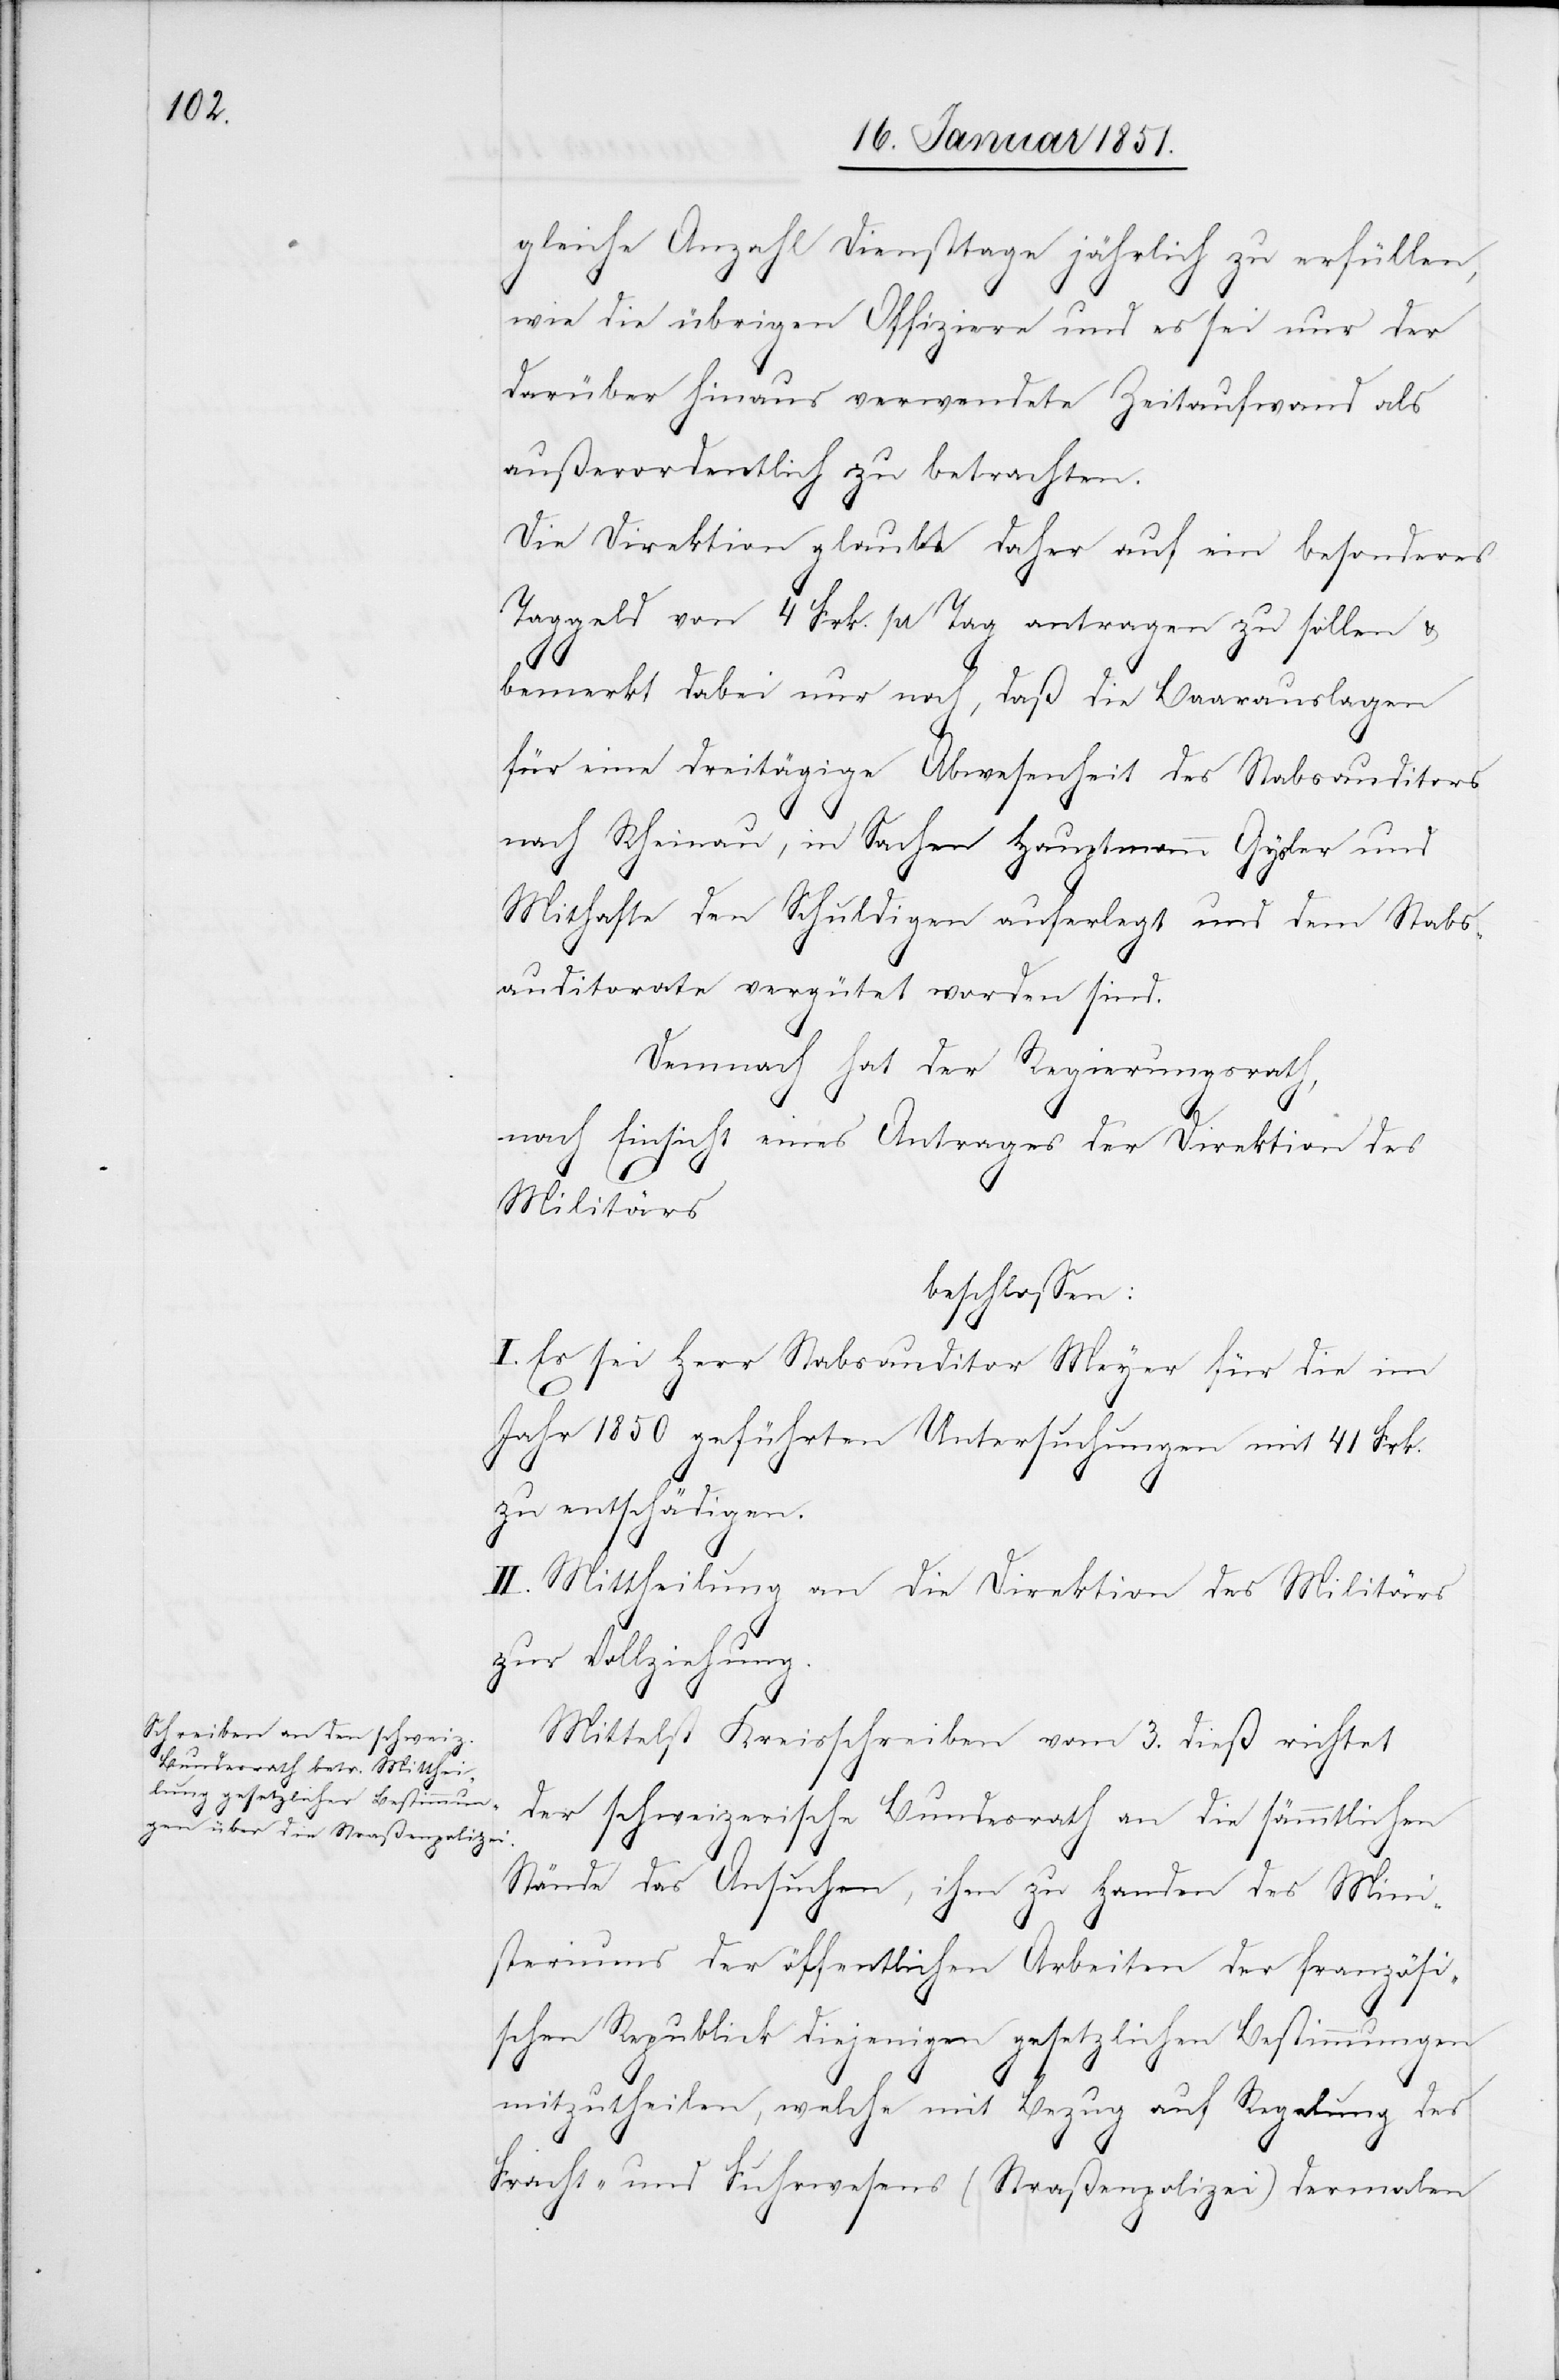
gleiche Anzahl Diensttage jährlich zu erfüllen,
wie die übrigen Offiziere und es sei nur der
darüber hinaus verwendete Zeitaufwand als
außerordentlich zu betrachten.
Die Direktion glaubt daher auf ein besonderes
Taggeld von 4 Frk. pr Tag antragen zu sollen &
bemerkt dabei nur noch, daß die Baarauslagen
für eine dreitägige Abwesenheit des Stabsauditors
nach Rheinau, in Sachen Hauptmann Gysler und
Mithafte den Schuldigen auferlegt und dem Stabs¬
auditorate vergütet worden sind.
Demnach hat der Regierungsrath,
nach Einsicht eines Antrages der Direktion des
Militärs
beschlossen:
I. Es sei Herr Stabsauditor Meyer für die im
Jahr 1850 geführten Untersuchungen mit 41 Frk.
zu entschädigen.
II. Mittheilung an die Direktion des Militärs
zur Vollziehung.
Mittelst Kreisschreiben vom 3. dieß richtet
der schweizerische Bundesrath an die sämmtlichen
Stände das Ansuchen, ihm zu Handen des Mini¬
steriums der öffentlichen Arbeiten der französi¬
schen Republick diejenigen gesetzlichen Bestimmungen
mitzutheilen, welche mit Bezug auf Regelung des
Fracht- und Fuhrwesens (Straßenpolizei) dermalen